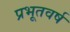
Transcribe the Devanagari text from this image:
प्रभूतवर्ष